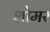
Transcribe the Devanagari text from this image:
शोमर